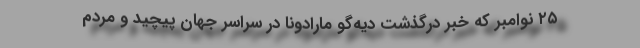
۲۵ نوامبر که خبر درگذشت دیه‌گو مارادونا در سراسر جهان پیچید و مردم